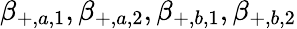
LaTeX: \beta_{+,a,1},\beta_{+,a,2},\beta_{+,b,1},\beta_{+,b,2}